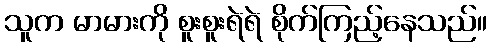
သူက မာမားကို စူးစူးရဲရဲ စိုက်ကြည့်နေသည်။